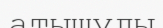
атышулы